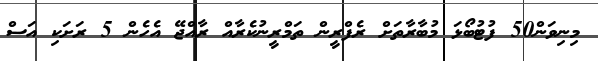
މިނިވަން50 ފުޓުބޯޅަ މުބާރާތަށް ރެފްރީން ތަމްރީނުކެރާއް ރާއްޖޭ އެހެން 5 ރަށަކި އަސް